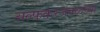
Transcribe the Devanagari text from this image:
अल्फकरजवळच्या